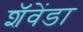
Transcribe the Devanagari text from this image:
शॅवेंडा